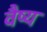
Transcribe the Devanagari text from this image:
वैष्य